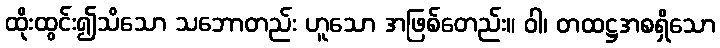
ထိုးထွင်း၍သိသော သဘောတည်း ဟူသော အဖြစ်တေည်း။ ဝါ၊ တထဋ္ဌအစရှိသော